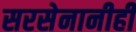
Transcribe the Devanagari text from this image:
सरसेनानीही